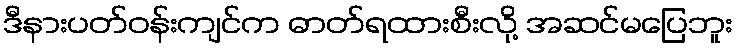
ဒီနားပတ်ဝန်းကျင်က ဓာတ်ရထားစီးလို့ အဆင်မပြေဘူး